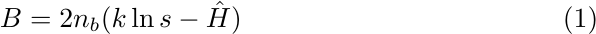
\begin{equation}
\label{entropy statistics}
B=2n_b(k\ln{s}-\hat{H})
\end{equation}